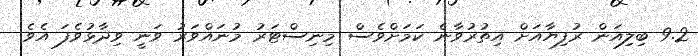
9.2 ބިލިއަން ރުފިޔާއަށް އިތުރުވާނެ ކަަމަށްވެސް މިނިސްޓަރު މުނައްވަރު ވަނީ ވިދާޅުވެފަ އެވެ.